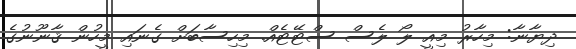
ދިޔާނާ: މިހާރު މިއީ ލޯ ލެސް ސްޓޭޓެއް. މިހިސާބަށް ގެނައި މީހުން ޤާނޫނުގެ